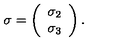
\mathbf { \sigma } = \left( \begin{array} { c } { \sigma _ { 2 } } \\ { \sigma _ { 3 } } \\ \end{array} \right) .